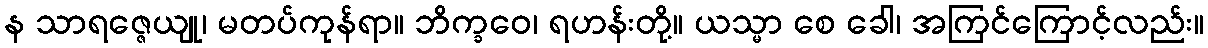
န သာရဇ္ဇေယျု၊ မတပ်ကုန်ရာ။ ဘိက္ခဝေ၊ ရဟန်းတို့။ ယသ္မာ စေ ခေါ၊ အကြင်ကြောင့်လည်း။